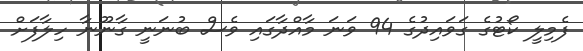
ފެމިލީ ކޯޓުގެ ގަވައިދުގެ 94 ވަނަ މާއްދާގައި ވެސް ބުނަނީ ގާނޫނާ ހިލާފަށް